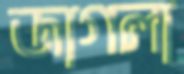
জাগলা